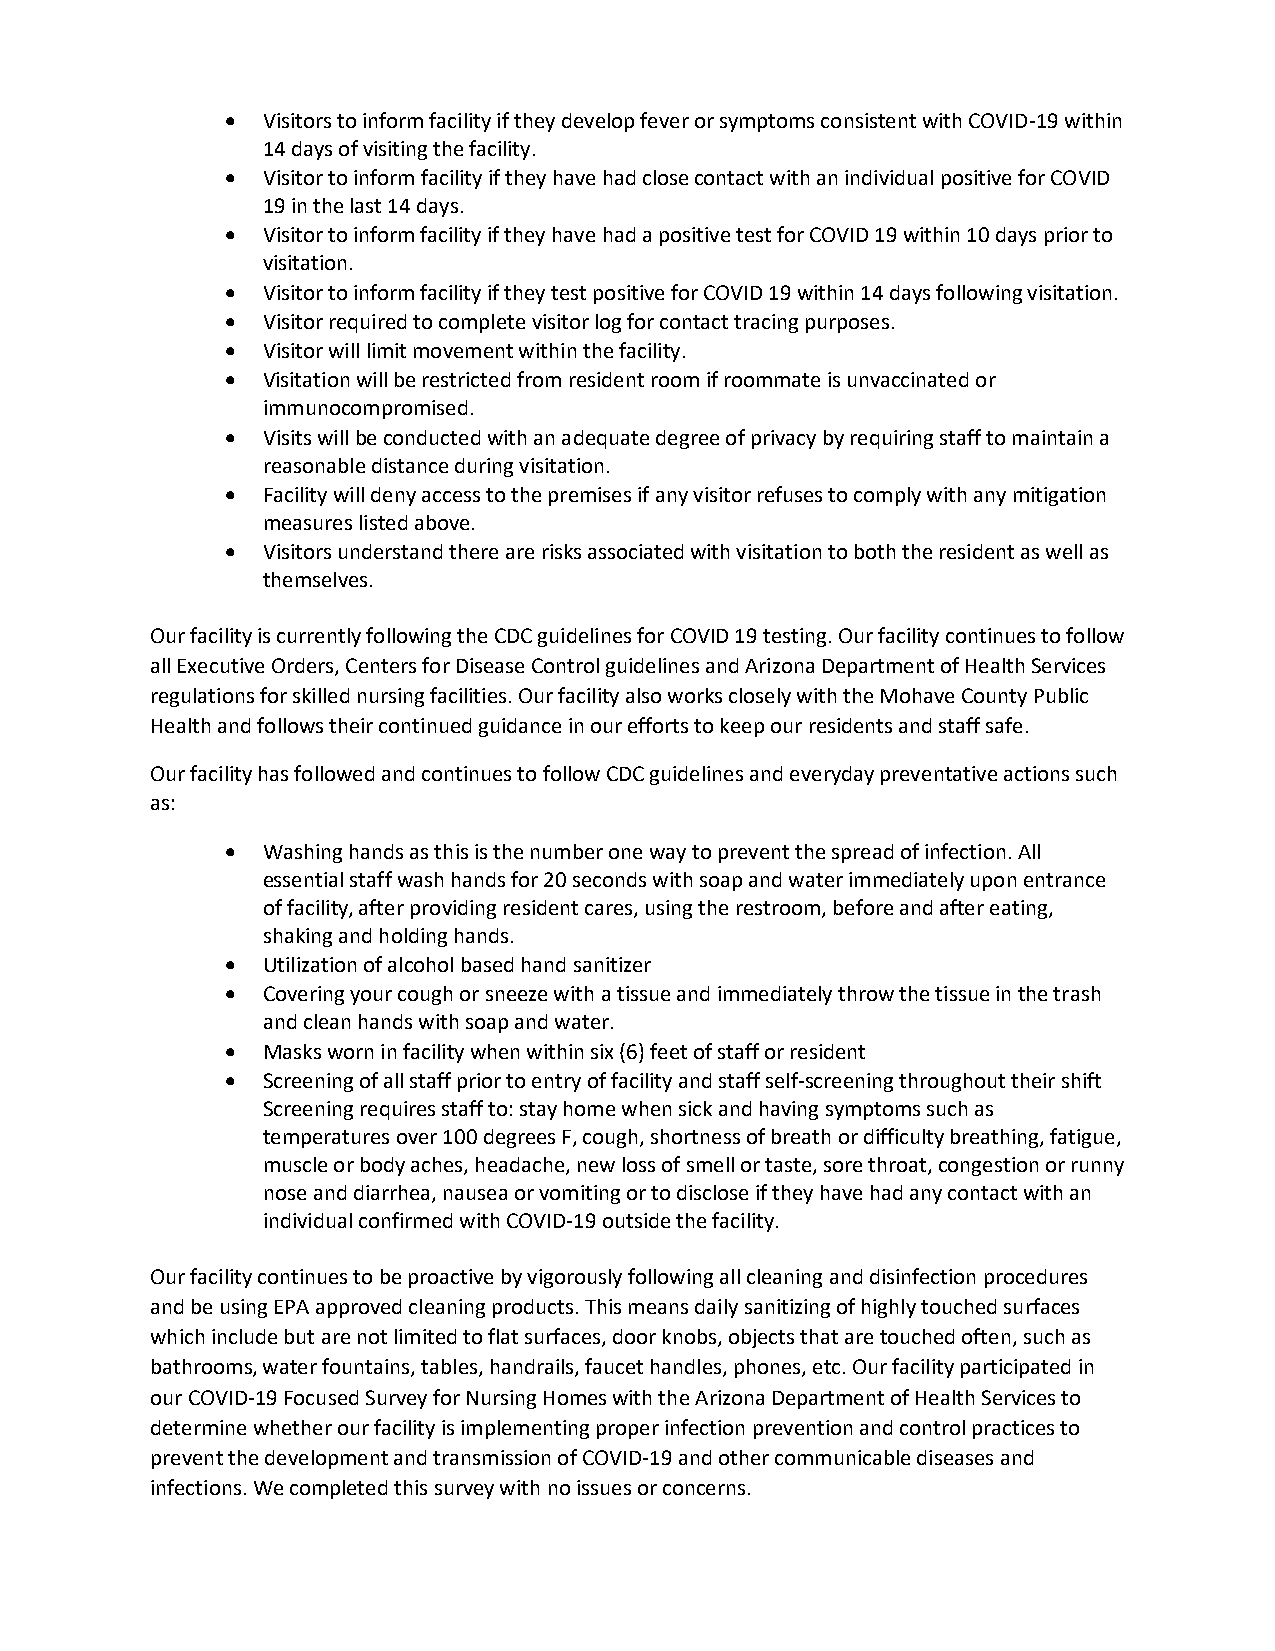
 Visitors to inform facility if they develop fever or symptoms consistent with COVID-19 within
 14 days of visiting the facility.
  Visitor to inform facility if they have had close contact with an individual positive for COVID
 19 in the last 14 days.
  Visitor to inform facility if they have had a positive test for COVID 19 within 10 days prior to
 visitation.
  Visitor to inform facility if they test positive for COVID 19 within 14 days following visitation.
  Visitor required to complete visitor log for contact tracing purposes.
  Visitor will limit movement within the facility.
  Visitation will be restricted from resident room if roommate is unvaccinated or
 immunocompromised.
  Visits will be conducted with an adequate degree of privacy by requiring staff to maintain a
 reasonable distance during visitation.
  Facility will deny access to the premises if any visitor refuses to comply with any mitigation
 measures listed above.
  Visitors understand there are risks associated with visitation to both the resident as well as
 themselves.
 Our facility is currently following the CDC guidelines for COVID 19 testing. Our facility continues to follow
 all Executive Orders, Centers for Disease Control guidelines and Arizona Department of Health Services
 regulations for skilled nursing facilities. Our facility also works closely with the Mohave County Public
 Health and follows their continued guidance in our efforts to keep our residents and staff safe.
 Our facility has followed and continues to follow CDC guidelines and everyday preventative actions such
 as:
  Washing hands as this is the number one way to prevent the spread of infection. All
 essential staff wash hands for 20 seconds with soap and water immediately upon entrance
 of facility, after providing resident cares, using the restroom, before and after eating,
 shaking and holding hands.
  Utilization of alcohol based hand sanitizer
  Covering your cough or sneeze with a tissue and immediately throw the tissue in the trash
 and clean hands with soap and water.
  Masks worn in facility when within six (6) feet of staff or resident
  Screening of all staff prior to entry of facility and staff self-screening throughout their shift
 Screening requires staff to: stay home when sick and having symptoms such as
 temperatures over 100 degrees F, cough, shortness of breath or difficulty breathing, fatigue,
 muscle or body aches, headache, new loss of smell or taste, sore throat, congestion or runny
 nose and diarrhea, nausea or vomiting or to disclose if they have had any contact with an
 individual confirmed with COVID-19 outside the facility.
 Our facility continues to be proactive by vigorously following all cleaning and disinfection procedures
 and be using EPA approved cleaning products. This means daily sanitizing of highly touched surfaces
 which include but are not limited to flat surfaces, door knobs, objects that are touched often, such as
 bathrooms, water fountains, tables, handrails, faucet handles, phones, etc. Our facility participated in
 our COVID-19 Focused Survey for Nursing Homes with the Arizona Department of Health Services to
 determine whether our facility is implementing proper infection prevention and control practices to
 prevent the development and transmission of COVID-19 and other communicable diseases and
 infections. We completed this survey with no issues or concerns.